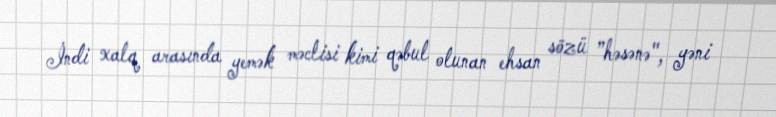
İndi xalq arasında yemək məclisi kimi qəbul olunan ehsan sözü ”həsənə", yəni